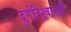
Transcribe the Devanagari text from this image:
दुर्गविश्र्वातही